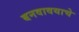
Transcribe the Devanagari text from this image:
बनवावयाचे